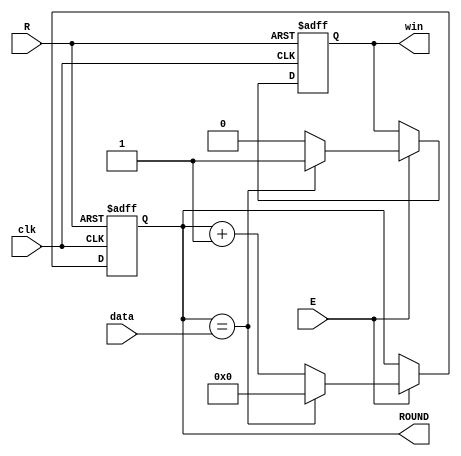
module Counter_round
#(parameter SIZE = 4)
(
	data,
	clk,
	R,
	E,
	win,
	ROUND
);

input wire [SIZE-1:0] data;
input wire clk, R, E;
output reg [SIZE-1:0] ROUND;
output reg win;

always @(posedge clk or posedge R) begin
	if (R == 1'b1) begin ROUND <= 4'b0000; win <= 1'b0; end
	else begin 
	if (E == 1'b1)	begin
	  	ROUND <= ROUND + 1'b1;
		win <= 1'b0;
	  
		if (ROUND == data) begin
			ROUND <= 4'b0000;
			win <= 1'b1;
		end
	
		end
	end
end

endmodule